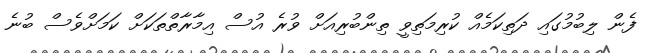
ފެން ލިބުމުގައި ދަތިކަމެއް ކުރިމަތިވީ ތިންބުރިއަށް ވުރެ އުސް އިމާރާތްތަކަށް ކަމަށްވެސް ބުނެ